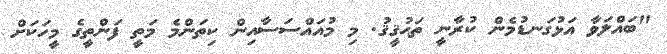
"ބައްލަވާ އަޅުގަނޑުމެން ކުރާނީ ތަޙުޤީޤު. މި މުއައްސަސާއިން ކިތަންމެ މަތީ ފަންތީގެ މީހަކަށް